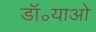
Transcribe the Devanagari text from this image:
डॉ॰याओ